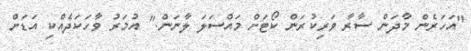
"އަހަރެން މާދަން ސާރާ ވަރިކުރަން ކޯޓަށް މައްސަލަ ލާނަން." އުމަރު ވާހަކަދެއްކި އަޑަށް